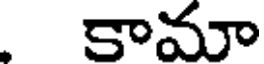
కామా